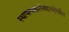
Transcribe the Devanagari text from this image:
स्थापत्यकलेबद्दलदेखील